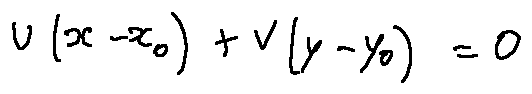
u ( x - x _ { 0 } ) + v ( y - y _ { 0 } ) = 0